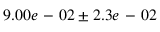
9 . 0 0 e \mathrm { ~ - ~ } 0 2 \pm 2 . 3 e \mathrm { ~ - ~ } 0 2